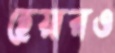
হেয়ারও